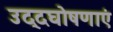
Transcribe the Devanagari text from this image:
उद्दघोषणाएं